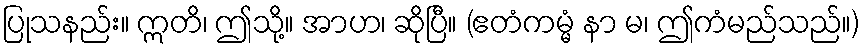
ပြုသနည်း။ ဣတိ၊ ဤသို့။ အာဟ၊ ဆိုပြီ။ (ဧတံကမ္မံ နာ မ၊ ဤကံမည်သည်။)